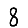
Digit: 8